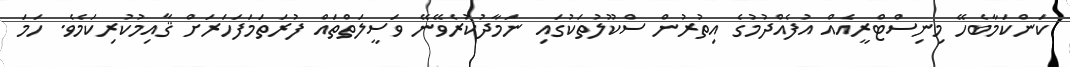
ކަންކަމާބެހޭ މިނިސްޓްރީއެއް އުފެއްދުމުގެ އިތުރުން ސްކޫލުތަކުގައި ނަމާދުކުރެވޭނޭ ވަސީލަތްތައް ފުރަތަމަފަހަރަށް ޤާއިމުކުރިކަމެވެ. ހަމަ